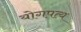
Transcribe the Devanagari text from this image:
योगपत्य